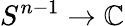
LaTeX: S^{n-1}\to\mathbb{C}